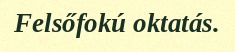
Felsőfokú oktatás.